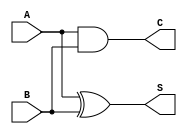
module current_mode_half_adder (
    input  wire A,   // Input A
    input  wire B,   // Input B
    output wire S,   // Sum output
    output wire C    // Carry output
);

// Logic operations for Half-Adder
assign S = A ^ B; // Sum output (XOR)
assign C = A & B; // Carry output (AND)

endmodule